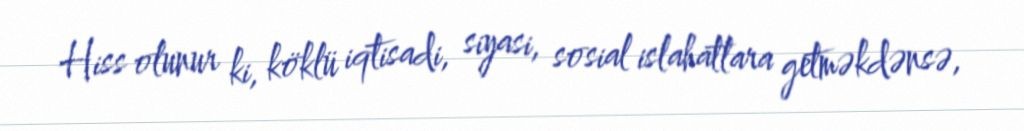
Hiss olunur ki, köklü iqtisadi, siyasi, sosial islahatlara getməkdənsə,